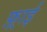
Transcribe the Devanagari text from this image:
फ़्राई